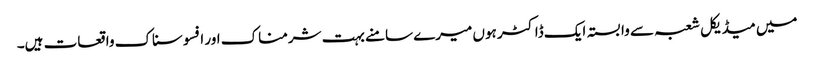
میں میڈیکل شعبہ سے وابستہ ایک ڈاکٹر ہوں میرے سامنے بہت شرمناک اور افسوسناک واقعات ہیں۔